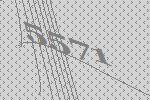
5571